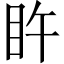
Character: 𥄭